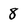
Character: 8